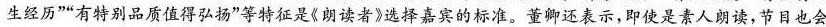
生经历””有特别品质值得弘扬”等特征是《朗读者》选择嘉宾的标准。董卿还表示，即使是素人朗读，节目也会